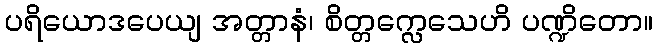
ပရိယောဒပေယျ အတ္တာနံ၊ စိတ္တက္လေသေဟိ ပဏ္ဍိတော။